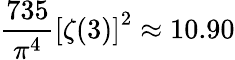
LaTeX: \displaystyle\frac{735}{\pi^{4}}\left[\zeta(3)\right]^{2}\approx 10.90